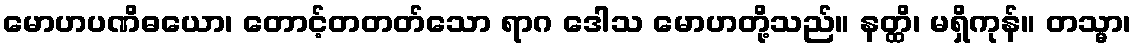
မောဟပဏိဓယော၊ တောင့်တတတ်သော ရာဂ ဒေါသ မောဟတို့သည်။ နတ္ထိ၊ မရှိကုန်။ တသ္မာ၊